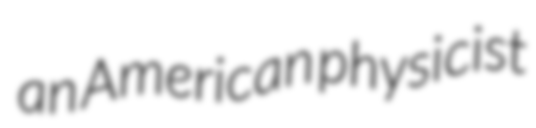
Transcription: an American physicist